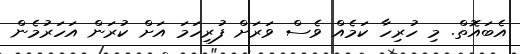
އެބައޮތް. މި ހުރިހާ ކަމެއް ވެސް ވަރަށް ފުރިހަމަ އަށް ކުރަން އަހަރުމެން